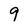
Character: 9